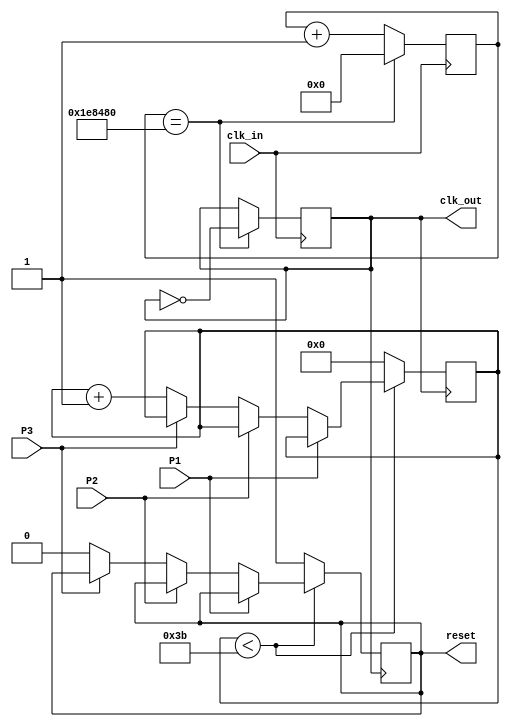
`timescale 1ns / 1ps
//////////////////////////////////////////////////////////////////////////////////
// Company: 
// Engineer: 
// 
// Design Name: 
// Module Name:    Divisor_Frec 
// Project Name: 
// Target Devices: 
// Tool versions: 
// Description: 
//
// Dependencies: 
//
// Revision: 
// Revision 0.01 - File Created
// Additional Comments: 
//
//////////////////////////////////////////////////////////////////////////////////
module Divisor_Frec(
    input clk_in,
	 input P1,
    input P2,
    input P3,
    output reg reset,
	 output reg clk_out
    );

	parameter frecuencia = 4000000; //Frecuencia del Clock integrado en el CPLD (4 MHz)
	parameter frec_out = 1; //Frecuencia de salida, que debe ser de 1 Hz
	parameter cont_max = frecuencia / (2*frec_out);
	parameter cant_segundos = 6'b111011;                 
	
	reg [21:0] cont;
	reg [5:0] aux;
		
	initial begin
		cont  = 22'b0;
		aux  = 6'b0;
		clk_out = 0;
		reset = 0;
	end
	
	always @ (posedge clk_in) begin
		if(cont == (cont_max))begin
			clk_out <= ~clk_out;  //Cambia el estado del contador de salida y resetea el contador
			cont <= 22'b0;
		end
		else begin
			cont <= cont+1;
		end
	end
		
	always @ (negedge clk_out) begin      
		if(aux < cant_segundos) begin     //Se coloca que sea menor a 9 ya que demora un pulso de reloj en reaccionar el sistema
			if(P1==0) begin					//Por lo tanto el reset se pone en 1 si durante 10 segundos no se presiona ningun pulsador
				if(P2==0) begin
					if(P3==0) begin
						aux <= (aux+ 6'b000001);
						reset <= 0;
					end
				end
			end
		end	
		else begin
			aux <= 6'b000000;
			reset <= 1;
		end
	end
	
endmodule